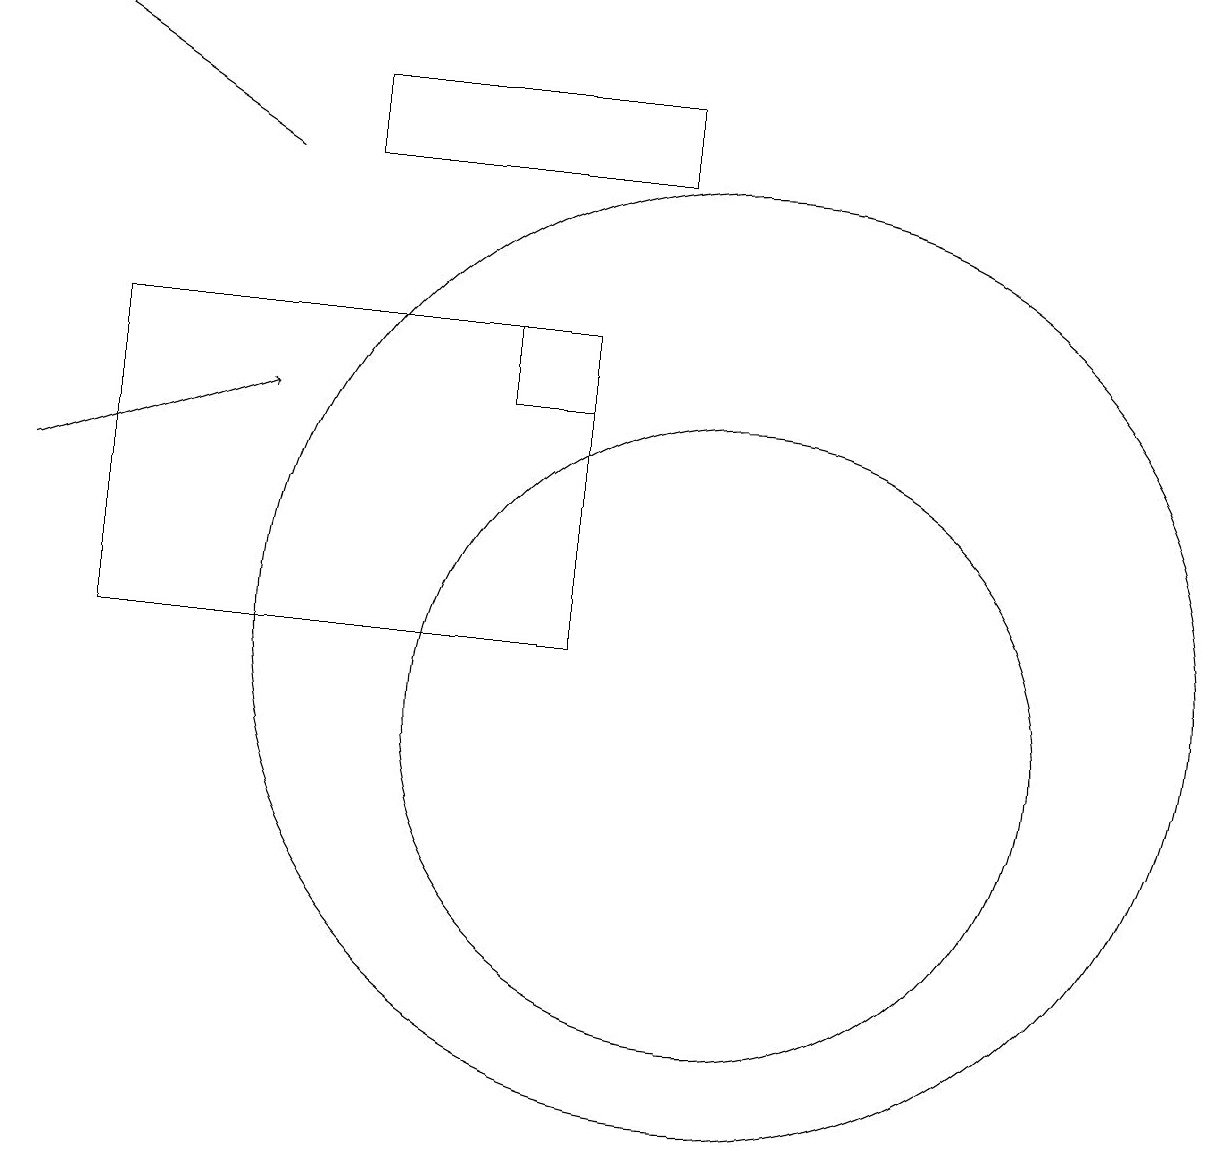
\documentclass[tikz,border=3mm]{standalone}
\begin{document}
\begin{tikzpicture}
\draw (7,15) rectangle (8,14);
\draw (10,11) circle (6);
\draw (9,18) rectangle (5,17);
\draw[->] (4,17) -- (1,19);
\draw (10,10) circle (4);
\draw[->] (1,13) -- (4,14);
\draw (8,11) rectangle (2,15);
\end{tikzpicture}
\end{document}